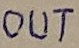
Text: OUT